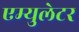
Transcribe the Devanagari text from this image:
एम्युलेटर